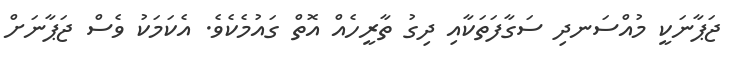
ޖަޕާނަކީ މުއްސަނދި ސަގާފަތަކާއި ދިގު ތާރީހެއް އޮތް ގައުމެކެވެ. އެކަމަކު ވެސް ޖަޕާނަށް